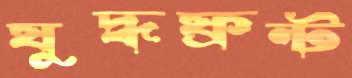
যুদ্ধফ্রন্ট